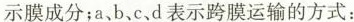
示膜成分；a，b，c、d表示跨膜运输的方式：